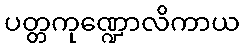
ပတ္တကုဏ္ဍောလိကာယ